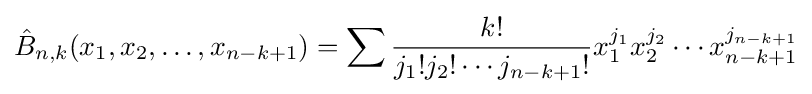
{\hat {B}}_{n,k}(x_{1},x_{2},\ldots ,x_{n-k+1})=\sum {\frac {k!}{j_{1}!j_{2}!\cdots j_{n-k+1}!}}x_{1}^{j_{1}}x_{2}^{j_{2}}\cdots x_{n-k+1}^{j_{n-k+1}}